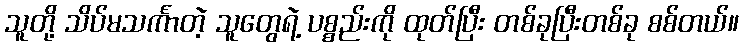
သူတို့ သိပ်မသင်္ကာတဲ့ သူတွေရဲ့ ပစ္စည်းကို ထုတ်ပြီး တစ်ခုပြီးတစ်ခု စစ်တယ်။